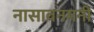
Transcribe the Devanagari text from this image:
नासावनमनी